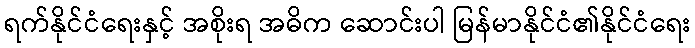
ရက်နိုင်ငံရေးနှင့် အစိုးရ အဓိက ဆောင်းပါ မြန်မာနိုင်ငံ၏နိုင်ငံရေး